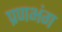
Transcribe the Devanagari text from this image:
प्रणभंग